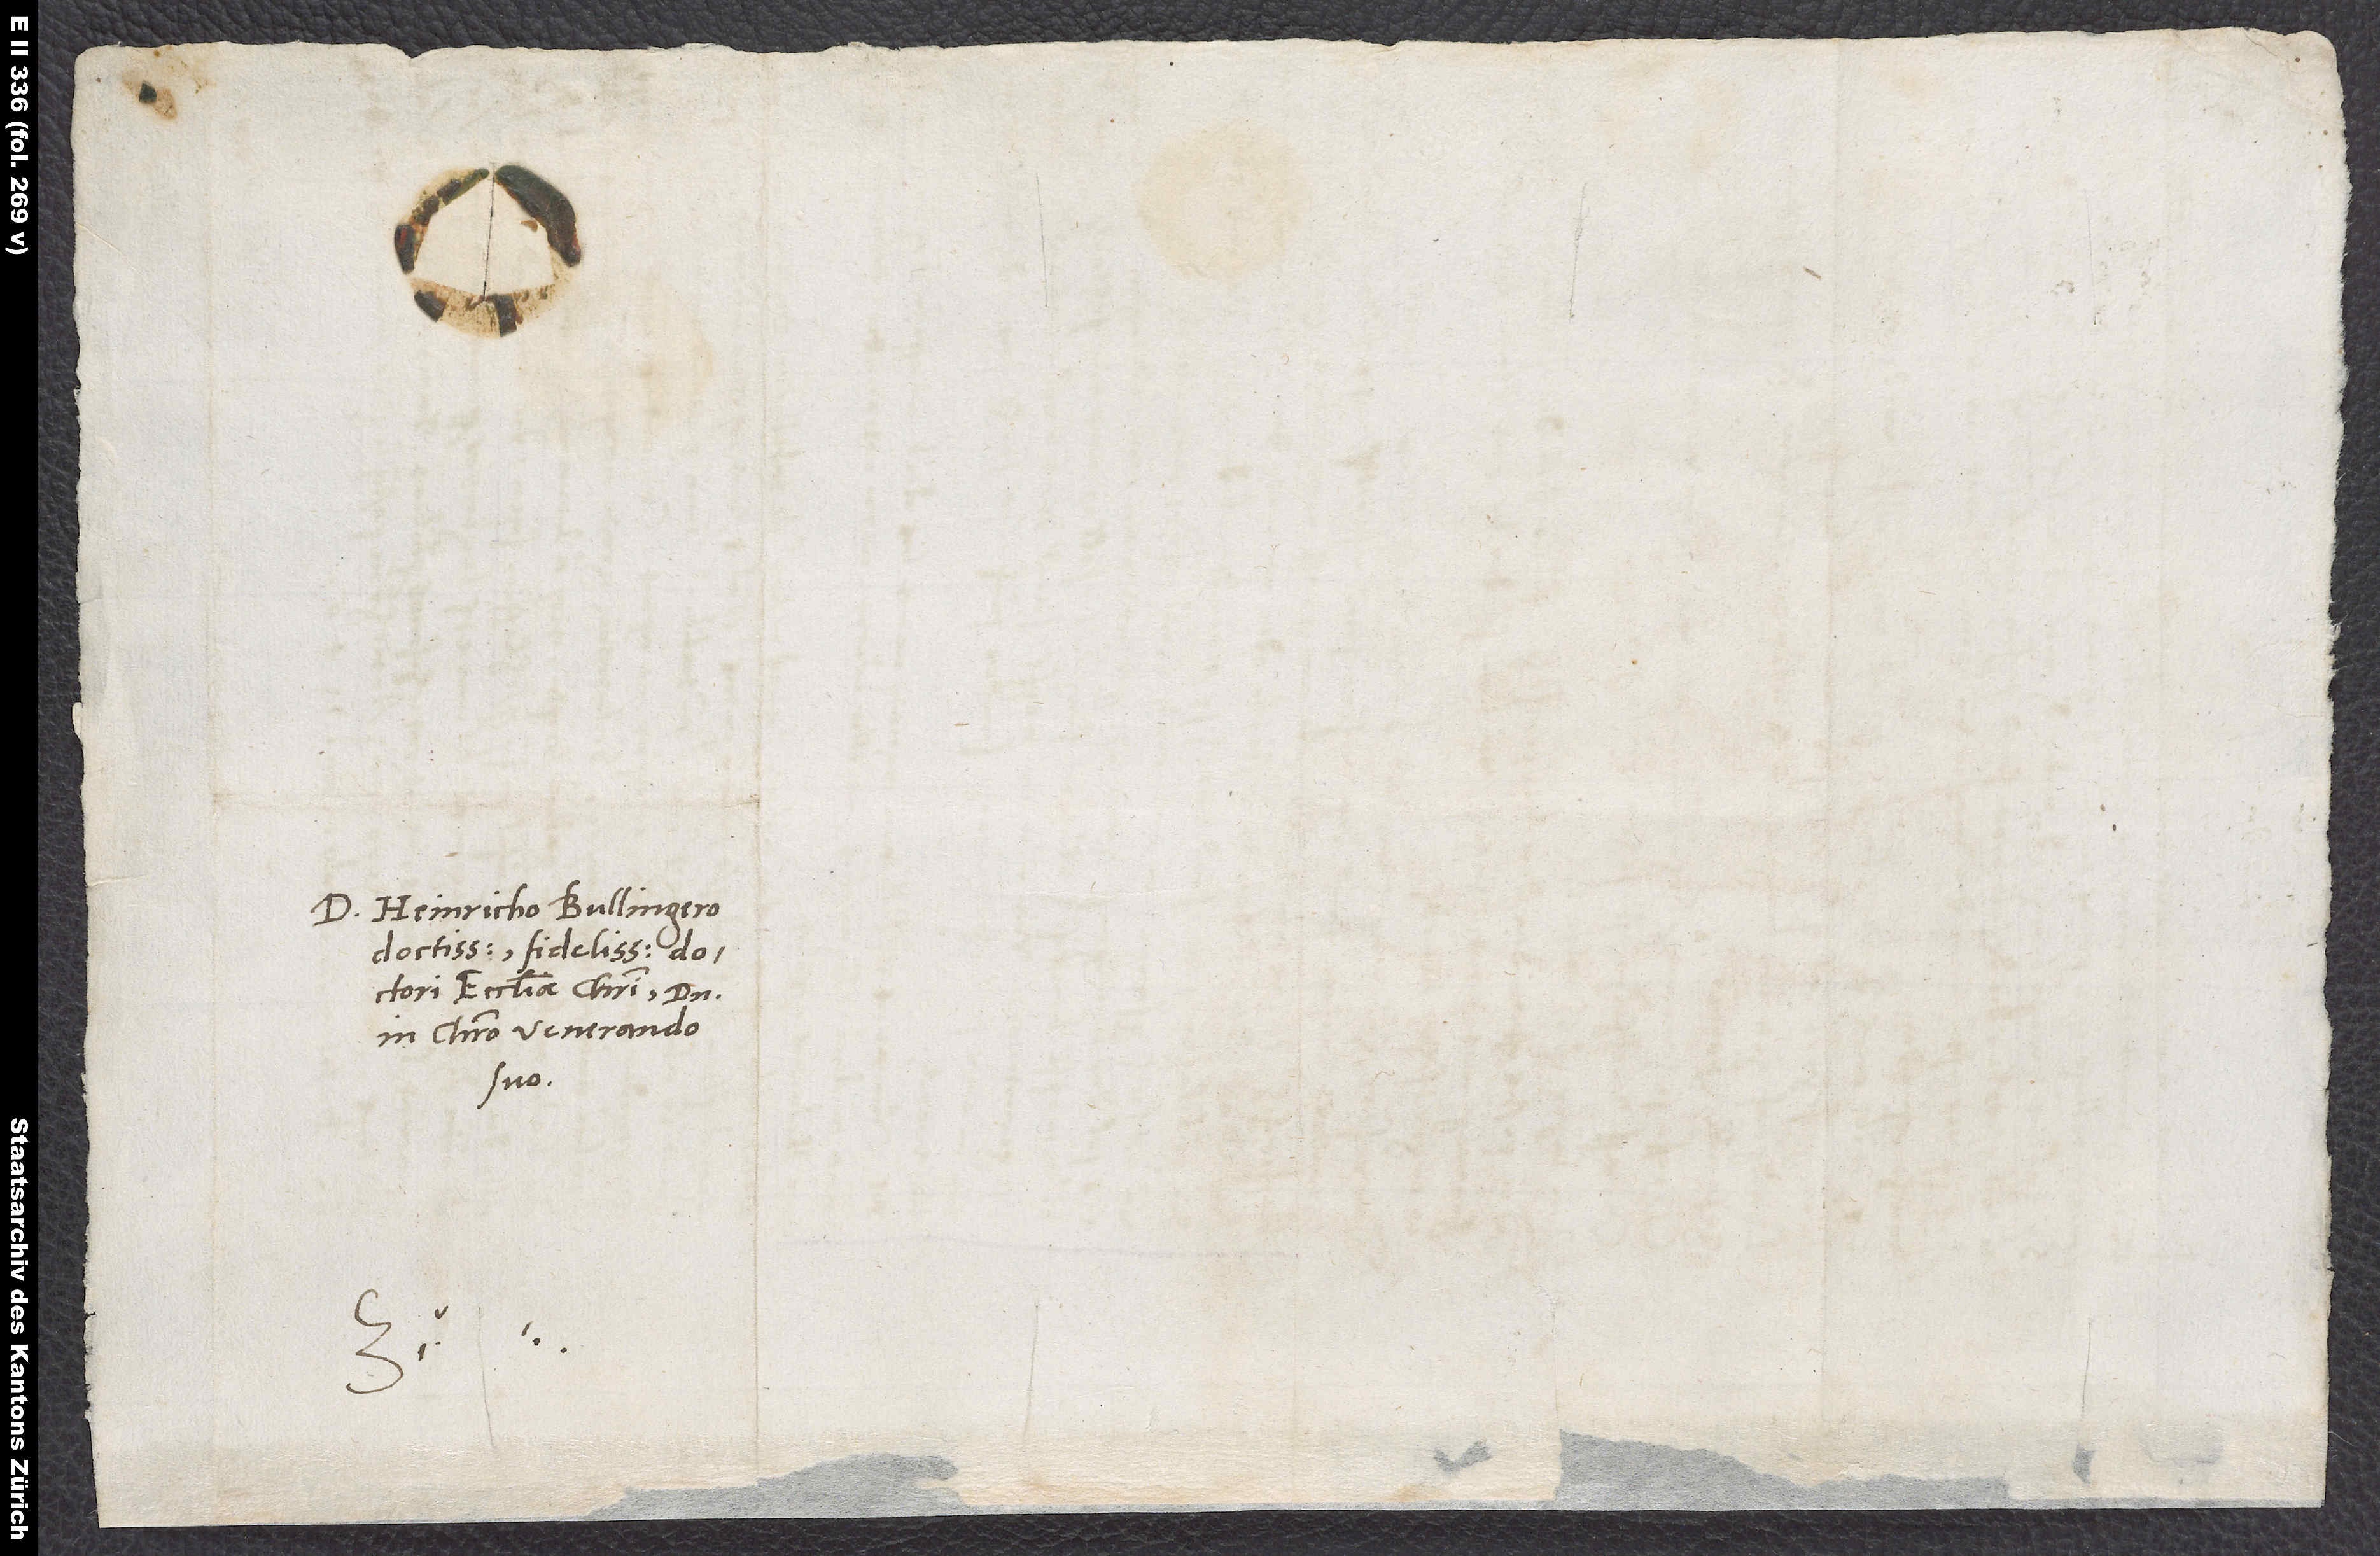
suo.